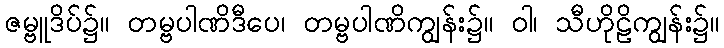
ဇမ္ဗူဒိပ်၌။ တမ္ဗပါဏိဒီပေ၊ တမ္ဗပါဏိကျွန်း၌။ ဝါ၊ သီဟိုဠိကျွန်း၌။